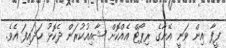
ފީފާ އިން ވަނީ އޭނާގެ ރިޕޯޓް އެއްކޮށް ޝާއިއުކުރަން ދެކޮޅު ހަދައިފަ އެވެ.